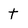
Character: t